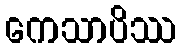
ကေသာပိဿ